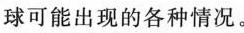
球可能出现的各种情况。